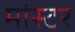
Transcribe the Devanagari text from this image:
मांस्टर